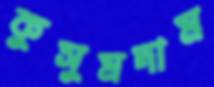
কুসুমদাম